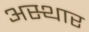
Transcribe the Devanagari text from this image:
अस्थार